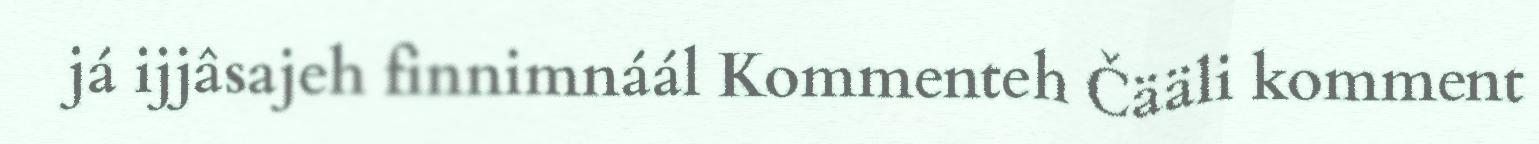
já ijjâsajeh finnimnáál Kommenteh Čääli komment